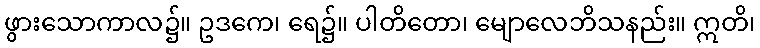
ဖွားသောကာလ၌။ ဥဒကေ၊ ရေ၌။ ပါတိတော၊ မျောလေဘိသနည်း။ ဣတိ၊